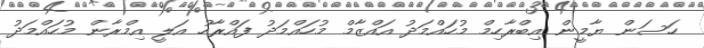
ހަސަން ޔާމީން އިބްރާހިމް މުހައްމަދު އައްޒާމް މުހައްމަދު ފައްރާހު އަލީ އިމްރާން މުހައްމަދު